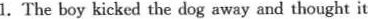
1.The boy kicked the dog away and thought it